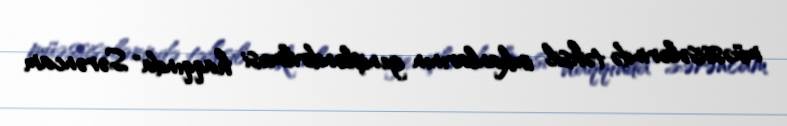
müəssisələrində təhsil imkanlarının genişləndirilməsi haqqında" Sərəncam